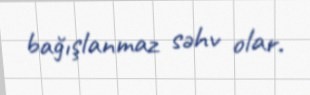
bağışlanmaz səhv olar.